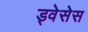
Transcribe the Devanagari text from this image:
ड्वेसेस